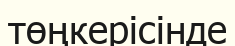
төңкерісінде